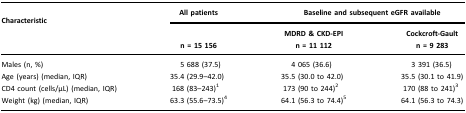
| Characteristic | All patients | <COLSPAN=2> Baseline and subsequent eGFR available |
 |  | n = 15 156 | MDRD & CKD-EPI n = 11 112 | Cockcroft-Gaultn = 9 283 |
 | --- | --- | --- | --- |
 | Males (n, %) | 5 688 (37.5) | 4 065 (36.6) | 3 391 (36.5) |
 | Age (years) (median, IQR) | 35.4 (29.9–42.0) | 35.5 (30.0 to 42.0) | 35.5 (30.1 to 41.9) |
 | CD4 count (cells/μL) (median, IQR) | 168 (83–243)1 | 173 (90 to 244)2 | 170 (88 to 241)3 |
 | Weight (kg) (median, IQR) | 63.3 (55.6–73.5)4 | 64.1 (56.3 to 74.4)5 | 64.1 (56.3 to 74.3) |